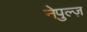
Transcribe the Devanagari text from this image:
नेपुल्ज़